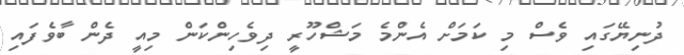
ދުނިޔޭގައި ވެސް މި ކަމަށް އެންމެ މަޝްހޫރީ ދިވެހިންކަން މިއީ ދެން ބާވެފައި